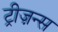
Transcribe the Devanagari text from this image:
ट्रीज़न्स